Report on the bubonic plague in Bombay, 1896-1897
Year: 1896
Disease focus: Plague
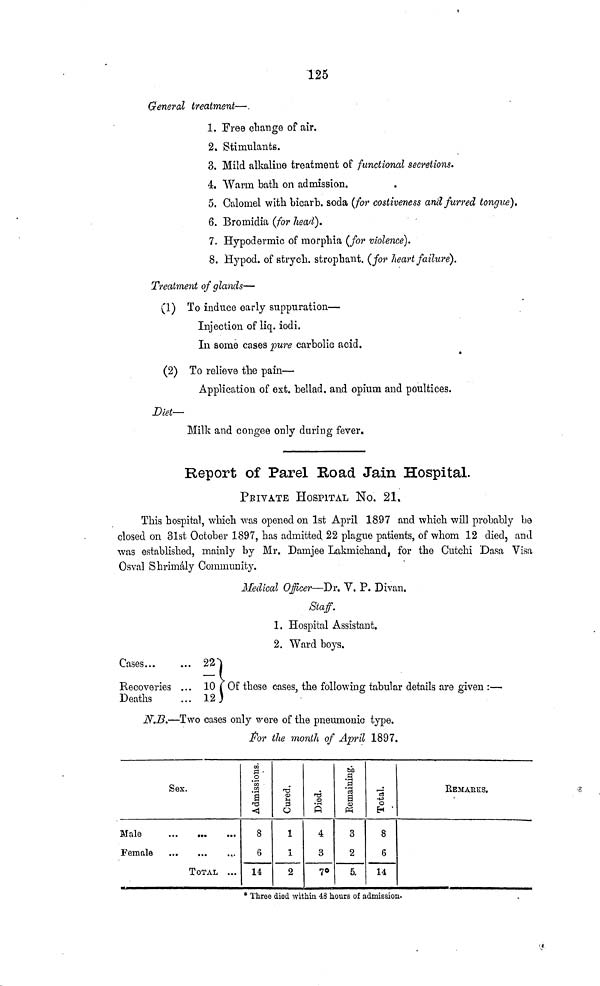
125
General treatment—
1. Free change of air.
2. Stimulants.
3. Mild alkaline treatment of functioned secretions.
4. Warm bath on admission.
5. Calomel with bicarb. soda (for costiveness and furred tongue).
6. Bromidia (for head).
7. Hypodermic of morphia (for violence).
8. Hypod. of strych. strophant. (for heart failure).
Treatment of glands—
(1) To induce early suppuration—
Injection of liq. iodi.
In some cases pure carbolic acid.
(2) To relieve the pain—
Application of ext. belled, and opium and poultices.
Diet—
Milk and congee only during fever.
Report of Parel Road Jain Hospital.
PRIVATE HOSPITAL No. 21.
This hospital, which was opened on 1st April 18.97 and which will probably be
closed on 31st October 1897, has admitted 22 plague patients, of whom 12 died, and
was established, mainly by Mr. Damjee Lakmichand for the Cutchi Dasa Visa
Osval Shrimaly Community.
Medical Officer—Dr. V. P. Divan.
Staff.
1. Hospital Assistant.
2. Ward boys.
Cases...
Recoveries . . .
Deaths
22
10
12
Of these cases, the following tabular details are given : —
N.B.—Two cases only were of the pneumonic type.
For the month of April 1897.
Sex.
Male
...
...
...
Female
...
...
...
TOTAL ...
8
6
14
1
2
4
3
70
3
2
5.
8
6
14
REMARKS.
* Three died within 48 hours of admission.